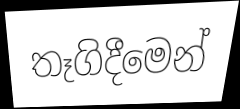
තෑගිදීමෙන්